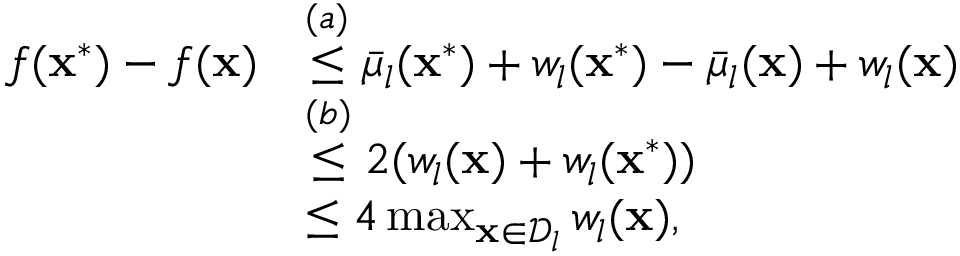
\begin{array} { r l } { f ( \mathbf { x } ^ { * } ) - f ( \mathbf { x } ) } & { \overset { ( a ) } { \leq } \bar { \mu } _ { l } ( \mathbf { x } ^ { * } ) + w _ { l } ( \mathbf { x } ^ { * } ) - \bar { \mu } _ { l } ( \mathbf { x } ) + w _ { l } ( \mathbf { x } ) } \\ & { \overset { ( b ) } { \leq } 2 ( w _ { l } ( \mathbf { x } ) + w _ { l } ( \mathbf { x } ^ { * } ) ) } \\ & { \leq 4 \operatorname* { m a x } _ { \mathbf { x } \in \mathcal { D } _ { l } } w _ { l } ( \mathbf { x } ) , } \end{array}